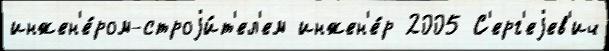
инжен'е́ром-строjи́т'ел'ем инжен'е́р 2005 С'ерг'еjев'ич